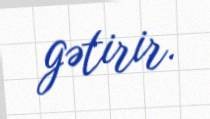
gətirir.